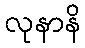
လုနာနိ